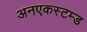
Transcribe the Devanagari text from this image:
अनएकस्टम्ड